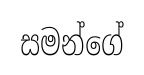
සමන්ගේ